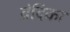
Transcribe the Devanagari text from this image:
व्रंदिका